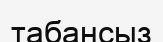
табансыз